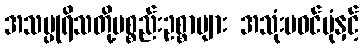
အသပ္ပုရိသတို့ပစ္စည်းဥစ္စာများ အသုံးမဝင်ပုံနှင့်